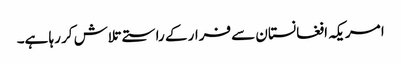
ا مریکہ افغانستان سے فرار کے راستے تلاش کر رہا ہے۔